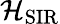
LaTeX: \mathcal{H}_{\mathrm{{SIR}}}